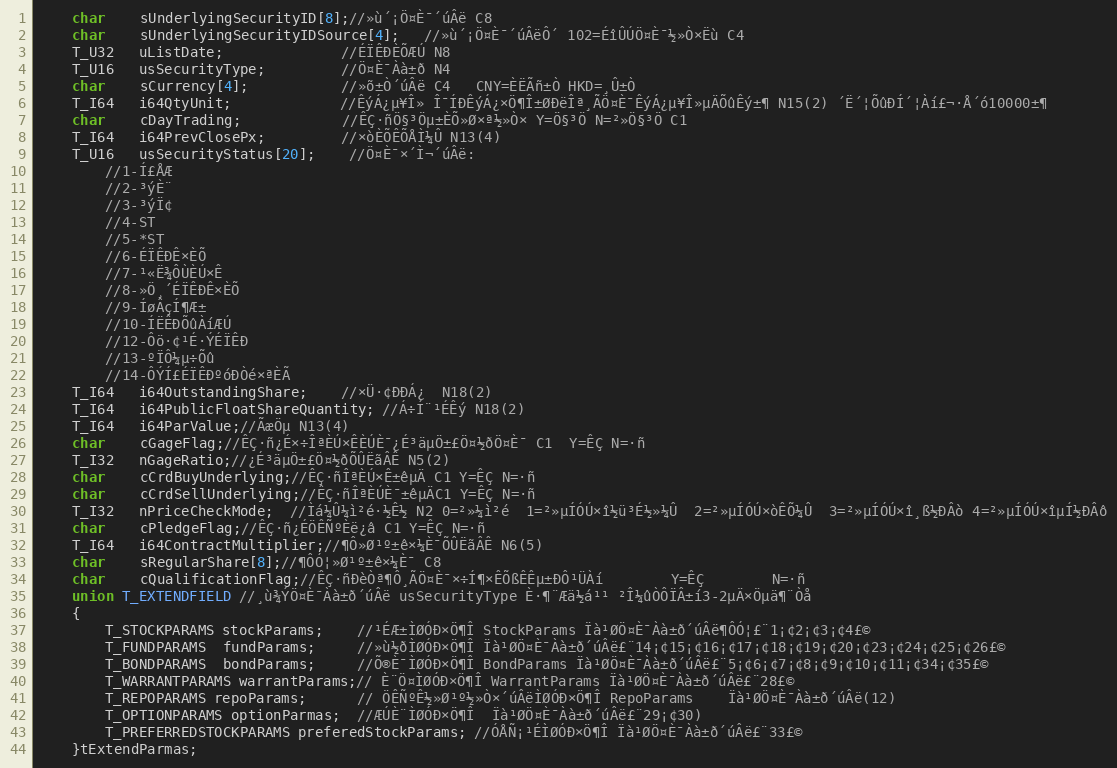
Language: C
	char    sUnderlyingSecurityID[8];//»ù´¡Ö¤È¯´úÂë C8
	char    sUnderlyingSecurityIDSource[4];   //»ù´¡Ö¤È¯´úÂëÔ´ 102=ÉîÛÚÖ¤È¯½»Ò×Ëù C4
	T_U32   uListDate;              //ÉÏÊÐÈÕÆÚ N8
	T_U16   usSecurityType;         //Ö¤È¯Àà±ð N4
    char    sCurrency[4];           //»õ±Ò´úÂë C4   CNY=ÈËÃñ±Ò HKD=¸Û±Ò
	T_I64   i64QtyUnit;             //ÊýÁ¿µ¥Î» Î¯ÍÐÊýÁ¿×Ö¶Î±ØÐëÎª¸ÃÖ¤È¯ÊýÁ¿µ¥Î»µÄÕûÊý±¶ N15(2) ´Ë´¦ÕûÐÍ´¦Àí£¬·Å´ó10000±¶
	char    cDayTrading;            //ÊÇ·ñÖ§³Öµ±ÈÕ»Ø×ª½»Ò× Y=Ö§³Ö N=²»Ö§³Ö C1
	T_I64   i64PrevClosePx;         //×òÈÕÊÕÅÌ¼Û N13(4)
	T_U16   usSecurityStatus[20];    //Ö¤È¯×´Ì¬´úÂë:
	    //1-Í£ÅÆ
		//2-³ýÈ¨
		//3-³ýÏ¢
		//4-ST
		//5-*ST
		//6-ÉÏÊÐÊ×ÈÕ
		//7-¹«Ë¾ÔÙÈÚ×Ê
		//8-»Ö¸´ÉÏÊÐÊ×ÈÕ
		//9-ÍøÂçÍ¶Æ±
		//10-ÍËÊÐÕûÀíÆÚ
		//12-Ôö·¢¹É·ÝÉÏÊÐ
		//13-ºÏÔ¼µ÷Õû
		//14-ÔÝÍ£ÉÏÊÐºóÐ­Òé×ªÈÃ
	T_I64   i64OutstandingShare;    //×Ü·¢ÐÐÁ¿  N18(2)
	T_I64   i64PublicFloatShareQuantity; //Á÷Í¨¹ÉÊý N18(2)
	T_I64   i64ParValue;//ÃæÖµ N13(4)
	char    cGageFlag;//ÊÇ·ñ¿É×÷ÎªÈÚ×ÊÈÚÈ¯¿É³äµÖ±£Ö¤½ðÖ¤È¯ C1  Y=ÊÇ N=·ñ
	T_I32   nGageRatio;//¿É³äµÖ±£Ö¤½ðÕÛËãÂÊ N5(2)
	char    cCrdBuyUnderlying;//ÊÇ·ñÎªÈÚ×Ê±êµÄ C1 Y=ÊÇ N=·ñ
	char    cCrdSellUnderlying;//ÊÇ·ñÎªÈÚÈ¯±êµÄC1 Y=ÊÇ N=·ñ
	T_I32   nPriceCheckMode;  //Ìá¼Û¼ì²é·½Ê½ N2 0=²»¼ì²é 	1=²»µÍÓÚ×î½ü³É½»¼Û 	2=²»µÍÓÚ×òÊÕ¼Û 	3=²»µÍÓÚ×î¸ß½ÐÂò 4=²»µÍÓÚ×îµÍ½ÐÂô
	char    cPledgeFlag;//ÊÇ·ñ¿ÉÖÊÑºÈë¿â C1 Y=ÊÇ N=·ñ
	T_I64   i64ContractMultiplier;//¶Ô»Ø¹º±ê×¼È¯ÕÛËãÂÊ N6(5)
	char    sRegularShare[8];//¶ÔÓ¦»Ø¹º±ê×¼È¯ C8
	char    cQualificationFlag;//ÊÇ·ñÐèÒª¶Ô¸ÃÖ¤È¯×÷Í¶×ÊÕßÊÊµ±ÐÔ¹ÜÀí		Y=ÊÇ 		N=·ñ
	union T_EXTENDFIELD //¸ù¾ÝÖ¤È¯Àà±ð´úÂë usSecurityType È·¶¨Æä½á¹¹ ²Î¼ûÒÔÏÂ±í3-2µÄ×Öµä¶¨Òå
	{
		T_STOCKPARAMS stockParams;    //¹ÉÆ±ÌØÓÐ×Ö¶Î StockParams Ïà¹ØÖ¤È¯Àà±ð´úÂë¶ÔÓ¦£¨1¡¢2¡¢3¡¢4£©
		T_FUNDPARAMS  fundParams;     //»ù½ðÌØÓÐ×Ö¶Î Ïà¹ØÖ¤È¯Àà±ð´úÂë£¨14¡¢15¡¢16¡¢17¡¢18¡¢19¡¢20¡¢23¡¢24¡¢25¡¢26£©
		T_BONDPARAMS  bondParams;     //Õ®È¯ÌØÓÐ×Ö¶Î BondParams Ïà¹ØÖ¤È¯Àà±ð´úÂë£¨5¡¢6¡¢7¡¢8¡¢9¡¢10¡¢11¡¢34¡¢35£©
		T_WARRANTPARAMS warrantParams;// È¨Ö¤ÌØÓÐ×Ö¶Î WarrantParams Ïà¹ØÖ¤È¯Àà±ð´úÂë£¨28£©
		T_REPOPARAMS repoParams;      // ÖÊÑºÊ½»Ø¹º½»Ò×´úÂëÌØÓÐ×Ö¶Î RepoParams 	Ïà¹ØÖ¤È¯Àà±ð´úÂë(12)
		T_OPTIONPARAMS optionParmas;  //ÆÚÈ¨ÌØÓÐ×Ö¶Î  Ïà¹ØÖ¤È¯Àà±ð´úÂë£¨29¡¢30)
		T_PREFERREDSTOCKPARAMS preferedStockParams; //ÓÅÑ¡¹ÉÌØÓÐ×Ö¶Î Ïà¹ØÖ¤È¯Àà±ð´úÂë£¨33£©
	}tExtendParmas;